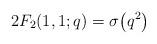
LaTeX: \begin{align*} 2F_2(1,1;q) = \sigma\big(q^2\big) \end{align*}